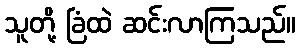
သူတို့ ခြံထဲ ဆင်းလာကြသည်။